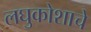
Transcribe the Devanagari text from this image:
लघुकोशाचे